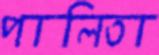
পালিতা